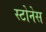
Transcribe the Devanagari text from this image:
स्टोनेस